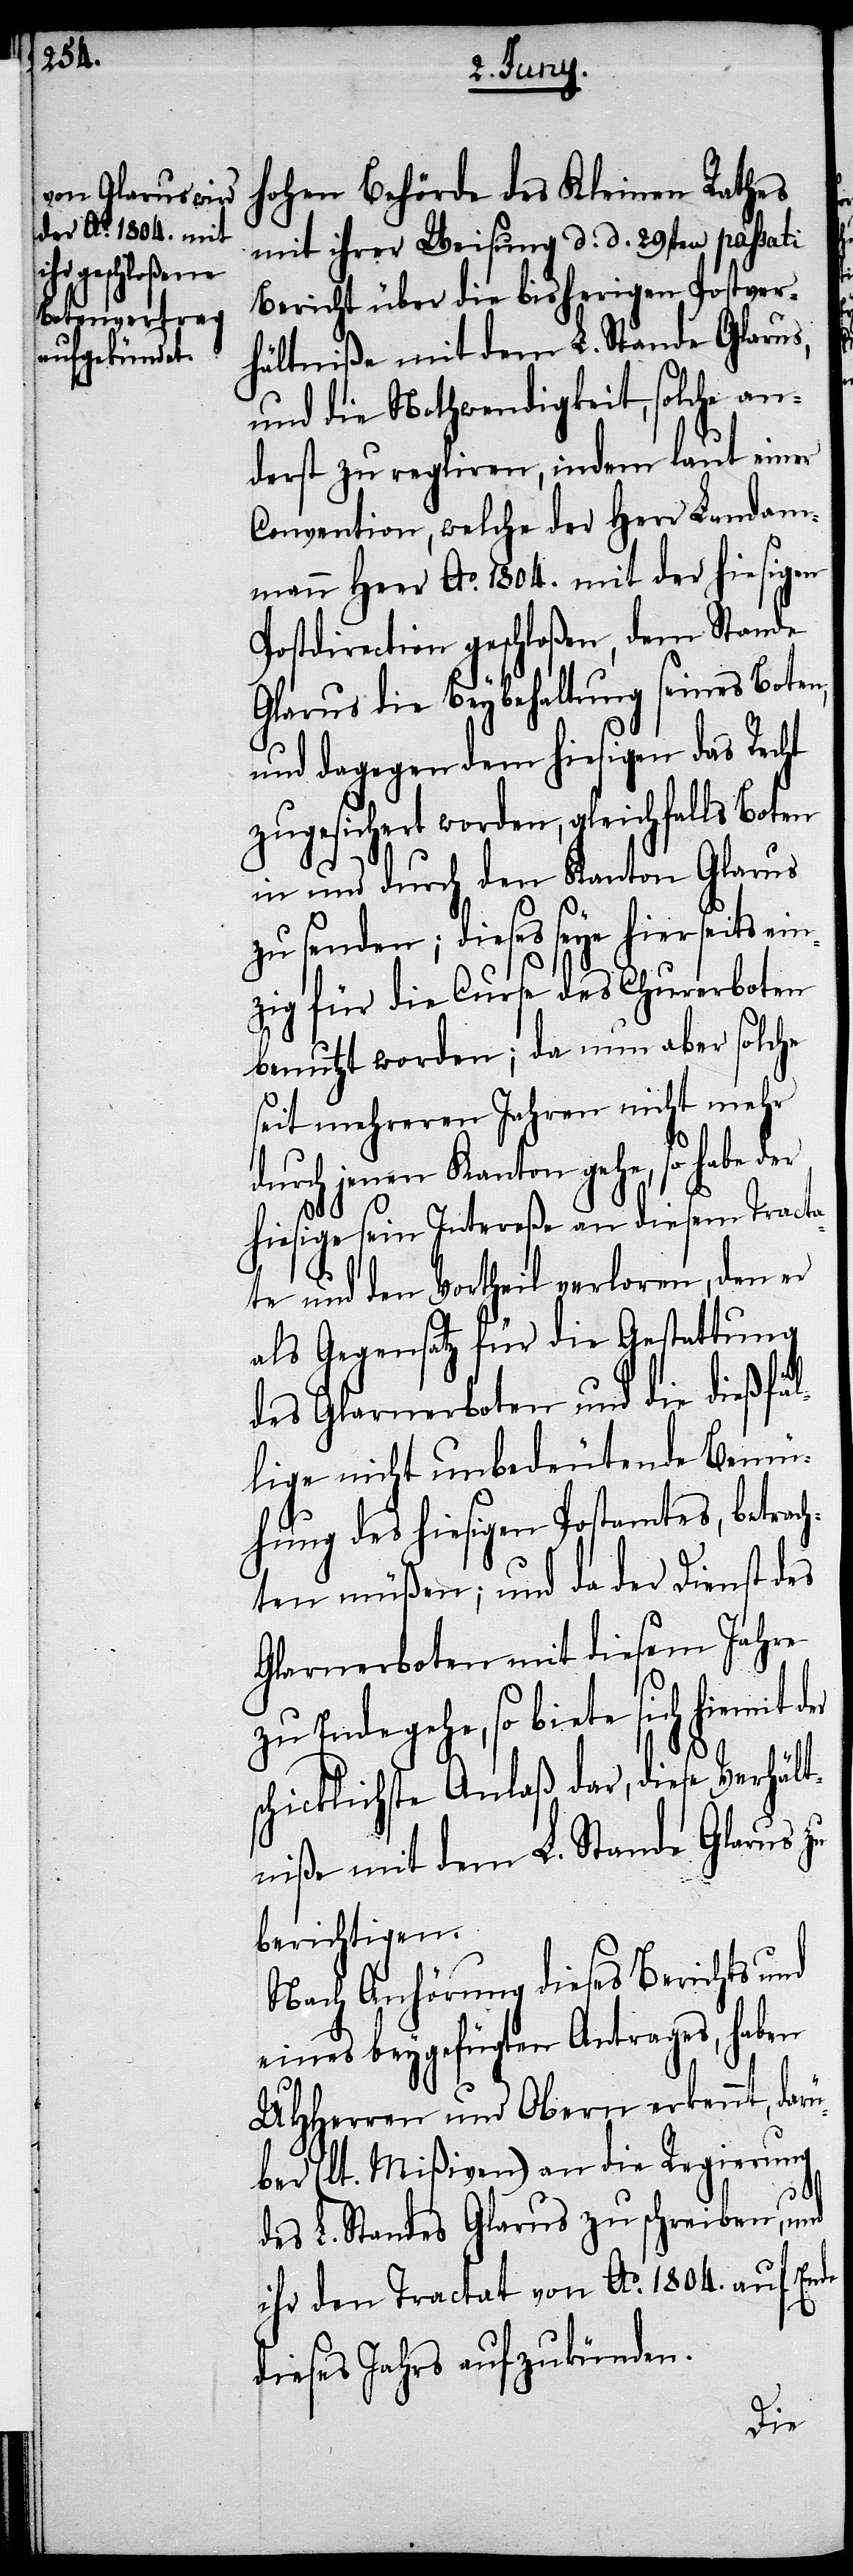
hohen Behörde des Kleinen Rathes
mit ihrer Weisung d. d. 29sten passati
Bericht über die bisherigen Postver¬
hältniße mit dem L. Stande Glarus,
und die Nothwendigkeit, solche an¬
derst zu regliren, indem laut einer
Convention, welche der Herr Landam¬
mann Heer Ao. 1804. mit der hiesigen
Postdirection geschloßen, dem Stande
Glarus die Beybehaltung seines Boten,
und dagegen dem hiesigen das Recht
zugesichert worden, gleichfalls Boten
in und durch den Kanton Glarus
zu senden; dieses seye hierseits ei¬
nzig für die Curse des Churerboten
benutzt worden; da nun aber solche
seit mehrern Jahren nicht mehr
durch jenen Kanton gehe, so habe
hiesige sein Intereße an diesem Tracta¬
te und den Vortheil verloren, den er
als Gegensatz für die Gestattung
des Glarnerboten und die dießfäl¬
lige nicht unbedeutende Bemü¬
hung des hiesigen Postamtes, betrach¬
ten müßen; und da der Dienst des
Glarnerboten mit diesem Jahre
zu Ende gehe, so biete sich hiemit der
chicklichste Anlaß dar, diese Verhält¬
niße mit dem L. Stande Glarus zu
berichtigen.
Nach Anhörung dieses Berichts und
eines beygefügten Antrages, haben
UHHerren und Obern erkennt, dar¬
über (lt. Mißiven) an die Regierung
des L. Standes Glarus zu schreiben, und
Ende
ihr den Tractat von Ao. 1804. auf
dieses Jahrs aufzukünden.